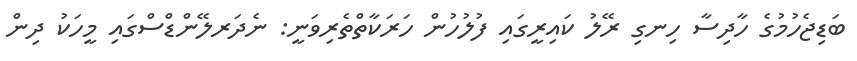
ބަޑިޖެހުމުގެ ހާދިސާ ހިނގި ރޭލު ކައިރީގައި ފުލުހުން ހަރަކާތްތެރިވަނީ: ނެދަރލޭންޑްސްގައި މީހަކު ދިން